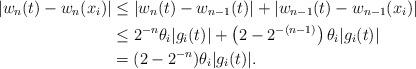
LaTeX: \begin{align*} |w_n (t) - w_n (x_i)| & \leq |w_n (t) - w_{n-1}(t)| + |w_{n-1}(t) - w_{n-1}(x_i)| \\& \leq 2^{-n} \theta_i |g_i (t)| + \left( 2- 2^{-(n-1)}\right)\theta_i |g_i(t)| \\& = (2- 2^{-n})\theta_i |g_i (t)|.\end{align*}